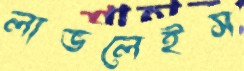
লাভলেইস